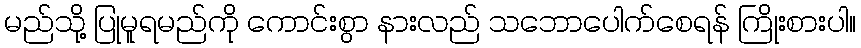
မည်သို့ ပြုမူရမည်ကို ကောင်းစွာ နားလည် သဘောပေါက်စေရန် ကြိုးစားပါ။